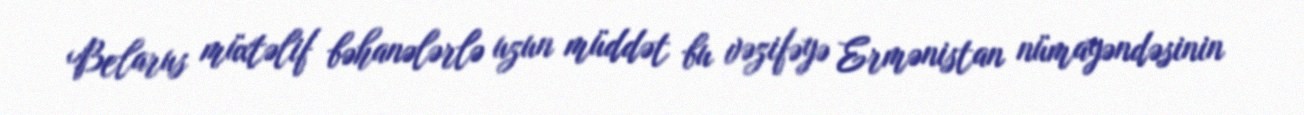
Belarus müxtəlif bəhanələrlə uzun müddət bu vəzifəyə Ermənistan nümayəndəsinin